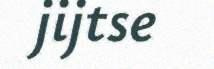
jijtse